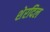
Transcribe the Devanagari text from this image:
शेरदिल